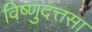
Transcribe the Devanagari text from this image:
विष्णुदत्तसा